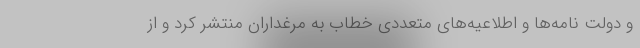
و دولت نامه‌ها و اطلاعیه‌های متعددی خطاب به مرغداران منتشر کرد و از